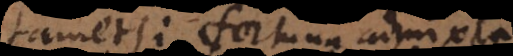
tametsi fortuna admix